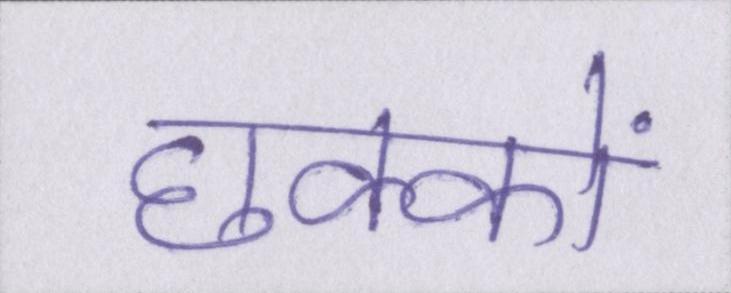
छक्कों